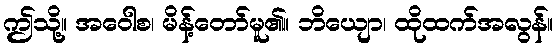
ဤသို့။ အဝေါစ၊ မိန့်တော်မူ၏။ ဘိယျော၊ ထိုထက်အလွန်။